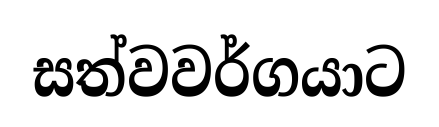
සත්වවර්ගයාට